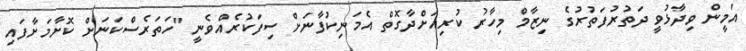
އަމީން ވިދާޅުވީ ދަތުރުފަތުރުގެ ނިޒާމް މިހާރު ކުރިއަށްދާގޮތް އެމަނިކުފާނަށް ސިފަކުރެއްވެނީ "ހަތަރެސްކަނަށް ކޮށާމަށާފައި